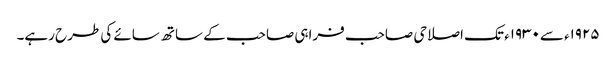
۱۹۲۵ء سے۱۹۳۰ء تک اصلاحی صاحب فراہی صاحب کے ساتھ سائے کی طرح رہے۔